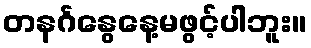
တနင်္ဂနွေနေ့မဖွင့်ပါဘူး။